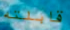
قابلته